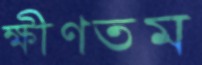
ক্ষীণতম